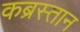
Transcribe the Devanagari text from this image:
कब्रस्‍तान